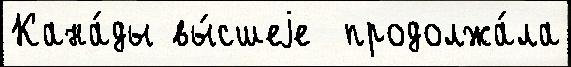
Кана́ды вы́сшеjе  продолжа́ла